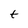
Character: t